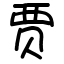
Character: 贾